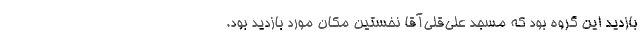
بازدید این گروه بود که مسجد علی‌قلی‌آقا نخستین مکان مورد بازدید بود.